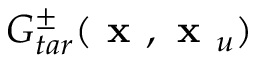
G _ { t a r } ^ { \pm } ( \textbf { x } , \textbf { x } _ { u } )